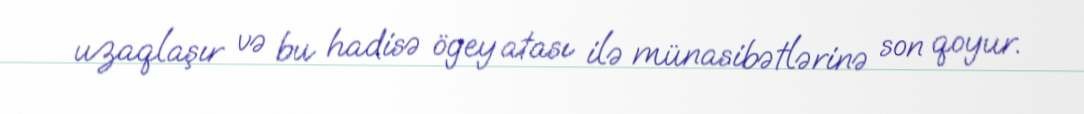
uzaqlaşır və bu hadisə ögey atası ilə münasibətlərinə son qoyur.